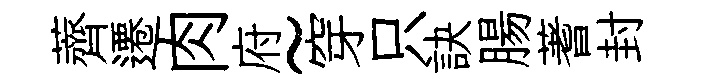
薺遷肉府~穿只訣腸蓍封